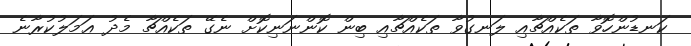
ކަނޑުންހޮވާ ތަކެއްޗާއި ލަނގުވާ ތަކެއްޗާއި ބިން ކޮންނަނިކޮށް ނެގޭ ތަކެއްޗާ މެދު ޢަމަލުކުރާނެ